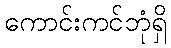
ကောင်းကင်ဘုံရှိ